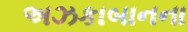
અઝકાબાનના